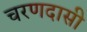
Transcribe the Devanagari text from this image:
चरणदासी